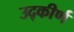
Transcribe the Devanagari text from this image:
उद्‌कीर्ण